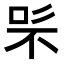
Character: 𭇨